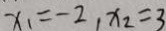
x _ { 1 } = - 2 , x _ { 2 } = 3